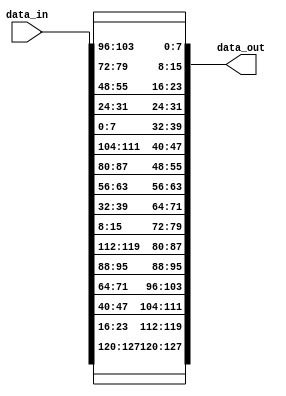
module InvShiftRows (
    input [127:0] data_in,
    output reg [127:0] data_out
);
    
always @(*) begin
    data_out[127 -: 8] = data_in[127 -: 8];
    data_out[95  -: 8] = data_in[95  -: 8];
    data_out[63  -: 8] = data_in[63  -: 8];
    data_out[31  -: 8] = data_in[31  -: 8];
    
    data_out[119 -: 8] = data_in[23 -: 8];
    data_out[87  -: 8] = data_in[119 -: 8];
    data_out[55  -: 8] = data_in[87  -: 8];
    data_out[23  -: 8] = data_in[55  -: 8];
    
    data_out[111 -: 8] = data_in[47 -: 8];
    data_out[79  -: 8] = data_in[15 -: 8];
    data_out[47  -: 8] = data_in[111 -: 8];
    data_out[15  -: 8] = data_in[79  -: 8];
    
    data_out[103 -: 8] = data_in[71 -: 8];
    data_out[71  -: 8] = data_in[39 -: 8];
    data_out[39  -: 8] = data_in[7  -: 8];
    data_out[7   -: 8] = data_in[103 -: 8];
end

endmodule